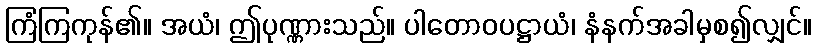
ကြံကြကုန်၏။ အယံ၊ ဤပုဏ္ဏားသည်။ ပါတောဝပဋ္ဌာယံ၊ နံနက်အခါမှစ၍လျှင်။